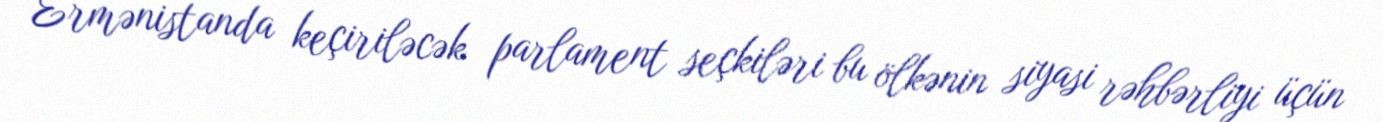
Ermənistanda keçiriləcək parlament seçkiləri bu ölkənin siyasi rəhbərliyi üçün